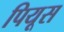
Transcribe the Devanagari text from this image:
पियूस